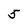
Character: 5